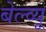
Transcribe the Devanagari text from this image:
बेल्व्यू